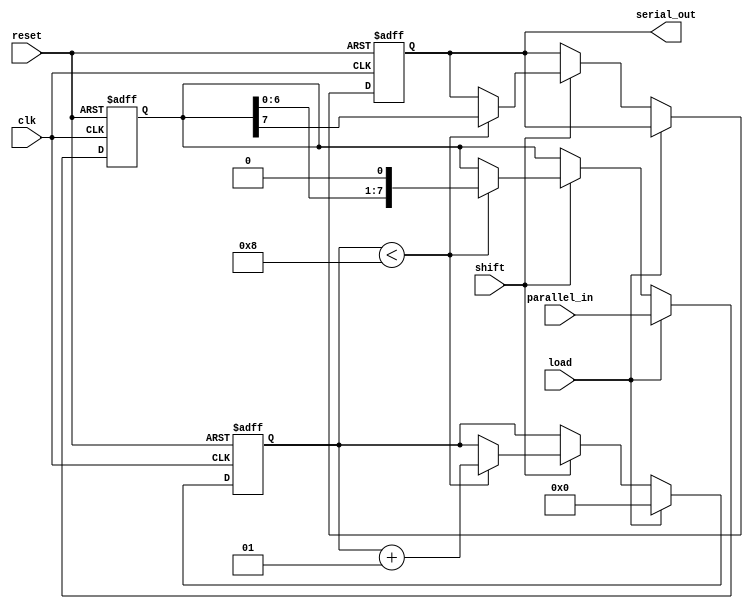
module PISO_Register #(
    parameter N = 8,               // Configurable width of the register
    parameter MSB_FIRST = 1        // Configurable bit order: 1 for MSB first, 0 for LSB first
)(
    input wire clk,                // Clock signal
    input wire reset,              // Asynchronous reset signal
    input wire load,               // Load control signal
    input wire shift,              // Shift control signal
    input wire [N-1:0] parallel_in, // Parallel input data
    output reg serial_out          // Serial output data
);

    reg [N-1:0] shift_reg;         // Shift register to hold the data
    integer count;                 // Counter for shifting bits

    // Asynchronous reset and loading data
    always @(posedge clk or posedge reset) begin
        if (reset) begin
            shift_reg <= {N{1'b0}}; // Clear the register
            count <= 0;            // Reset the counter
            serial_out <= 1'b0;    // Clear the serial output
        end else if (load) begin
            shift_reg <= parallel_in; // Load parallel data into the register
            count <= 0;                // Reset the counter on load
        end else if (shift) begin
            if (count < N) begin
                // Shift out the data based on the configured order
                if (MSB_FIRST) begin
                    serial_out <= shift_reg[N-1]; // Output MSB first
                    shift_reg <= {shift_reg[N-2:0], 1'b0}; // Shift left
                end else begin
                    serial_out <= shift_reg[0]; // Output LSB first
                    shift_reg <= {1'b0, shift_reg[N-1:1]}; // Shift right
                end
                count <= count + 1; // Increment the counter
            end
        end
    end

endmodule